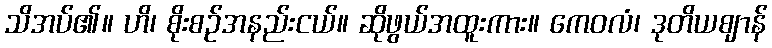
သိအပ်၏။ ဟိ၊ စိုးစဉ်အနည်းငယ်။ ဆိုဖွယ်အထူးကား။ ကေဝလံ၊ ဒုတိယဈာန်